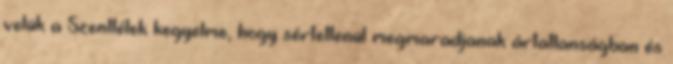
velük a Szentlélek kegyelme, hogy sértetlenül megmaradjanak ártatlanságban és